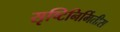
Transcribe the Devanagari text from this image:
सृष्टिनिर्मितीस